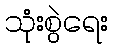
သုံးစွဲရေး